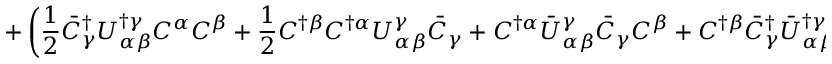
+ \left( \frac { 1 } { 2 } \bar { C } _ { \gamma } ^ { \dagger } U _ { \alpha \beta } ^ { \dagger \gamma } C ^ { \alpha } C ^ { \beta } + \frac { 1 } { 2 } C ^ { \dagger \beta } C ^ { \dagger \alpha } U _ { \alpha \beta } ^ { \gamma } \bar { C } _ { \gamma } + C ^ { \dagger \alpha } \bar { U } _ { \alpha \beta } ^ { \gamma } \bar { C } _ { \gamma } C ^ { \beta } + C ^ { \dagger \beta } \bar { C } _ { \gamma } ^ { \dagger } \bar { U } _ { \alpha \beta } ^ { \dagger \gamma } C ^ { \alpha } \right) ( - 1 ) ^ { \varepsilon _ { \beta } } .